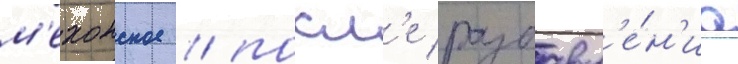
м'ехонское / посл'е разбавл'е́н'иа